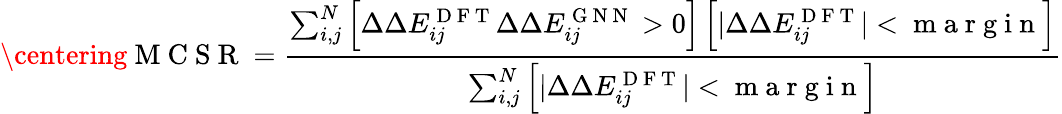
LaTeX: \centering\mathrm{~M~C~S~R~}=\frac{\sum_{i,j}^{N}\left[\Delta\Delta E_{ij}^{\mathrm{~D~F~T~}}\Delta\Delta E_{ij}^{\mathrm{~G~N~N~}}>0\right]\left[\lvert\Delta\Delta E_{ij}^{\mathrm{~D~F~T~}}\rvert<\mathrm{~m~a~r~g~i~n~}\right]}{\sum_{i,j}^{N}\left[\lvert\Delta\Delta E_{ij}^{\mathrm{~D~F~T~}}\rvert<\mathrm{~m~a~r~g~i~n~}\right]}